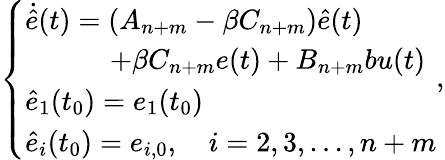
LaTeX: \left\{ \begin{array}{ll}{\dot{\hat{e}}(t)=({A_{n+m}}-\beta{C_{n+m}})\hat{e}(t)}\\ {\qquad\quad+\beta{C_{n+m}}{e}(t)+{B_{n+m}}bu(t)}\\ {\hat{e}_{1}({t_{0}})={e_{1}}({t_{0}})}\\ {\hat{e}_{i}({t_{0}})={e_{i,0}},\quad i=2,3,...,n+m}\end{array}\right.,